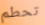
تحطم